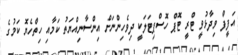
އަފީފް ވިދާޅުވީ ޓްރީ ޓޮޕް ހޮސްޕިޓަލަކީ ދިވެހިންނަށް އިންސާނިއްޔަތު ކަމާއި ހިތްހެޔޮ ކަމުގެ